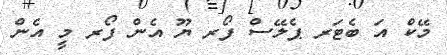
މޭކް އަ ބެޓަރ ޕެލޭސް ފޯރ ޔޫ އެން ފޯރ މީ އެން